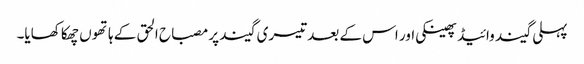
پہلی گیند وائیڈ پھینکی اور اس کے بعد تیسری گیند پر مصباح الحق کے ہاتھوں چھکا کھایا۔